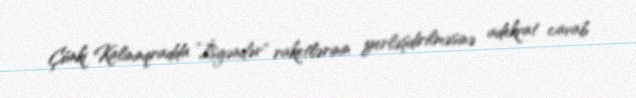
Çünki Kalininqradda ”İsgəndər" raketlərinin yerləşdirilməsinə adekvat cavab